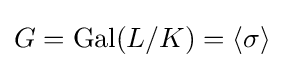
G=\mathrm {Gal} (L/K)=\langle \sigma \rangle